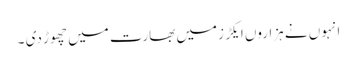
انہوں نے ہزاروں ایکڑ زمیں بھارت میں چھوڑ دی ۔